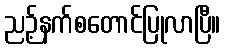
ညဉ့်နက်စတောင်ပြုလာပြီ။